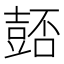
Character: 𧯻